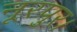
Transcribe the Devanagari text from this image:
नूरपुर।